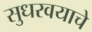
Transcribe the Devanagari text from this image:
सुधरवयाचे